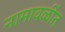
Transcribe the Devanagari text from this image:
नामावळींत